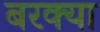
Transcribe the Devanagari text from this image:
बरक्या